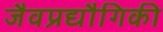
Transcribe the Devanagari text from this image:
जैवप्रद्यौगिकी